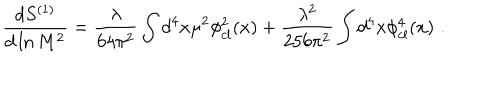
LaTeX: { \frac { d S ^ { ( 1 ) } } { d \ln M ^ { 2 } } } = { \frac { \lambda } { 6 4 \pi ^ { 2 } } } \int d ^ { 4 } x \mu ^ { 2 } \phi _ { c l } ^ { 2 } ( x ) + { \frac { \lambda ^ { 2 } } { 2 5 6 \pi ^ { 2 } } } \int d ^ { 4 } x \phi _ { c l } ^ { 4 } ( x ) \, \, .